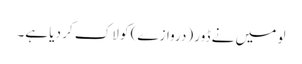
لو میں نے ڈور (دروازے) کو لاک کر دیا ہے۔